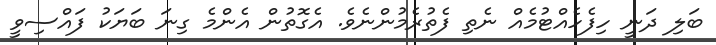
ބަލި ދަނީ ހިފެހެއްޓުމެއް ނެތި ފެތުރެމުންނެވެ. އެގޮތުން އެންމެ ގިނަ ބަޔަކު ފައްސިވީ